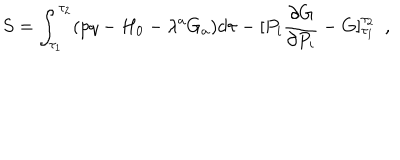
LaTeX: S = \int _ { \tau _ { 1 } } ^ { \tau _ { 2 } } ( p q - H _ { 0 } - \lambda ^ { a } G _ { a } ) d \tau - [ P _ { i } \frac { \partial G } { \partial P _ { i } } - G ] _ { \tau _ { 1 } } ^ { \tau _ { 2 } } \, \, \, ,